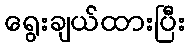
ရွေးချယ်ထားပြီး